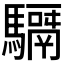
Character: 𩦣